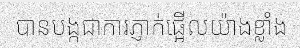
បានបង្កជាការភ្ញាក់ផ្អើលយ៉ាងខ្លាំង